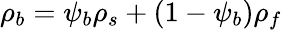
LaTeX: \rho_{b}=\psi_{b}\rho_{s}+(1-\psi_{b})\rho_{f}